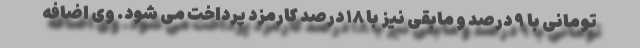
تومانی با ۹ درصد و مابقی نیز با ۱۸ درصد کارمزد پرداخت می شود. وی اضافه